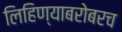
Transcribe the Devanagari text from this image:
लिहिण्याबरोबरच